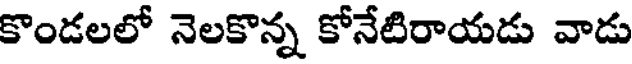
కొండలలో నెలకొన్న కోనేటిరాయడు వాడు